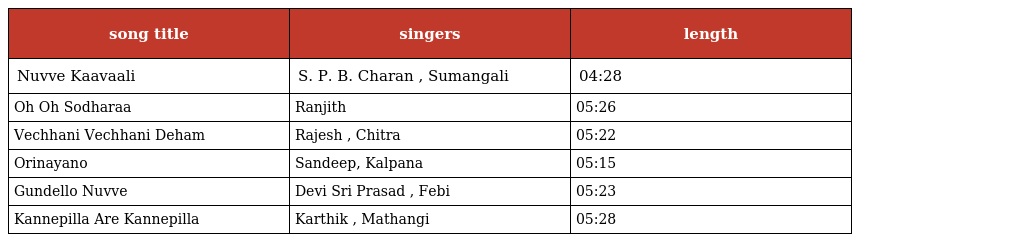
| song title | singers | length |
 | --- | --- | --- |
 | Nuvve Kaavaali | S. P. B. Charan , Sumangali | 04:28 |
 | Oh Oh Sodharaa | Ranjith | 05:26 |
 | Vechhani Vechhani Deham | Rajesh , Chitra | 05:22 |
 | Orinayano | Sandeep, Kalpana | 05:15 |
 | Gundello Nuvve | Devi Sri Prasad , Febi | 05:23 |
 | Kannepilla Are Kannepilla | Karthik , Mathangi | 05:28 |